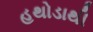
હથોડાથી